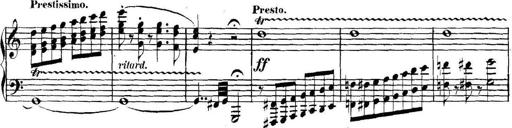
Title: Collected Piano Sonatas
Composer: Muzio Clementi